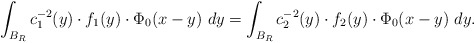
\begin{align*}\int_{B_R} c_1^{-2}(y)\cdot f_1(y)\cdot\Phi_0(x-y)\ dy=\int_{B_R} c_2^{-2}(y)\cdot f_2(y)\cdot\Phi_0(x-y)\ dy. \end{align*}